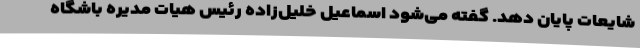
شایعات پایان دهد. گفته می‌شود اسماعیل خلیل‌زاده رئیس هیات مدیره باشگاه